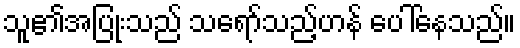
သူ၏အပြုံးသည် သရော်သည့်ဟန် ပေါ်နေသည်။